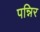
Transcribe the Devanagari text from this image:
पन्निर